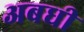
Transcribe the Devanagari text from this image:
अबधी